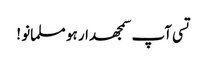
تسی آپ سمجھدار ہو مسلمانو !